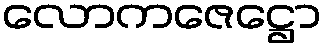
လောကဇေဋ္ဌော